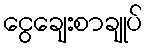
ငွေချေးစာချုပ်